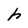
Character: h